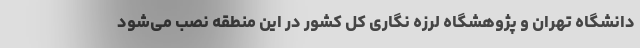
دانشگاه تهران و پژوهشگاه لرزه نگاری کل کشور در این منطقه نصب می‌شود